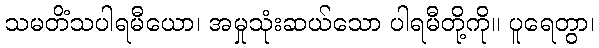
သမတိံသပါရမီယော၊ အမှုသုံးဆယ်သော ပါရမီတို့ကို။ ပူရေတွာ၊